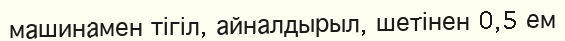
машинамен тігіл, айналдырыл, шетінен 0,5 ем